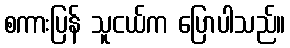
စကားပြန် သူငယ်က ပြောပါသည်။